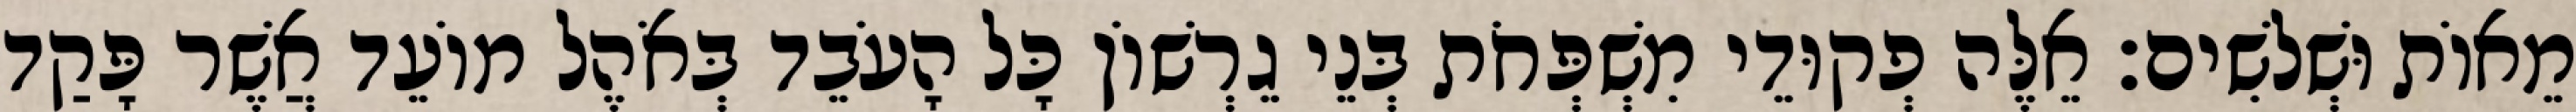
מֵאוֹת וּשְׁלשִׁים׃ אֵלֶּה פְקוּדֵי מִשְׁפְּחֹת בְּנֵי גֵרְשׁוֹן כָּל הָעֹבֵד בְּאֹהֶל מוֹעֵד אֲשֶׁר פָּקַד